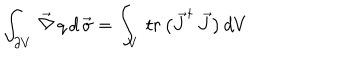
\int _ { \partial V } \, \vec { \nabla } \, q \, d \, \vec { \sigma } = \int _ { V } \, t r \, \bigl ( \vec { J } ^ { \dagger } \, \vec { J } \bigr ) \, d V